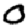
Digit: 0